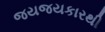
જયજયકારથી